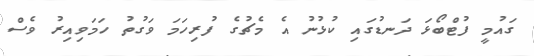
ގައުމީ ފުޓްބޯޅަ ދަނޑުގައި ކުޅުނު އެ މެޗުގެ ފުރިހަމަ ވަގުތު ހަމަވިއިރު ވެސް